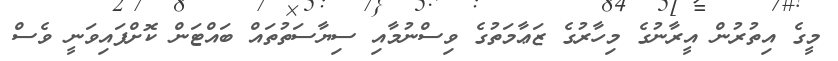
މީގެ އިތުރުން އީރާނުގެ މިހާރުގެ ޒަޢާމަތުގެ ވިސްނުމާއި ސިޔާސަތުތައް ބައްޓަން ކޮށްފައިވަނީ ވެސް